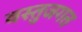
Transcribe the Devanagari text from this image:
वस्तुजगत